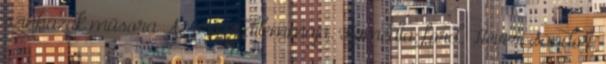
színházak műsora Az orvos dilemmája. Komédia; ford. Hevesi Sándor;